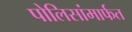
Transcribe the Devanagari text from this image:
पोलिसांमार्फत